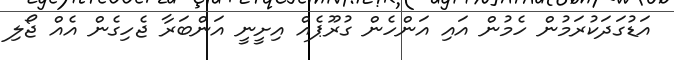
އަޑުގަދަކުރަމުން ހެމުން އައި އަންހެން ގުރޫޕެއް އިށީނީ އަންބަރާ ޖެހިގެން އެއް ޖޯލި